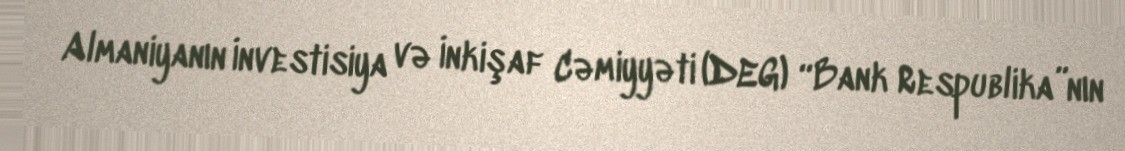
Almaniyanın İnvestisiya və İnkişaf Cəmiyyəti (DEG) “Bank Respublika”nın